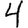
Digit: 4